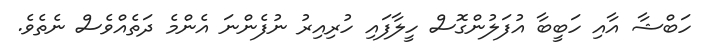
ހަބްޝާ އާއި ހަބީބާ އުފަލުންގޮސް ހީލާފައި ހުރިއިރު ނުފެންނަ އެންމެ ދަތެއްވެސް ނެތެވެ.